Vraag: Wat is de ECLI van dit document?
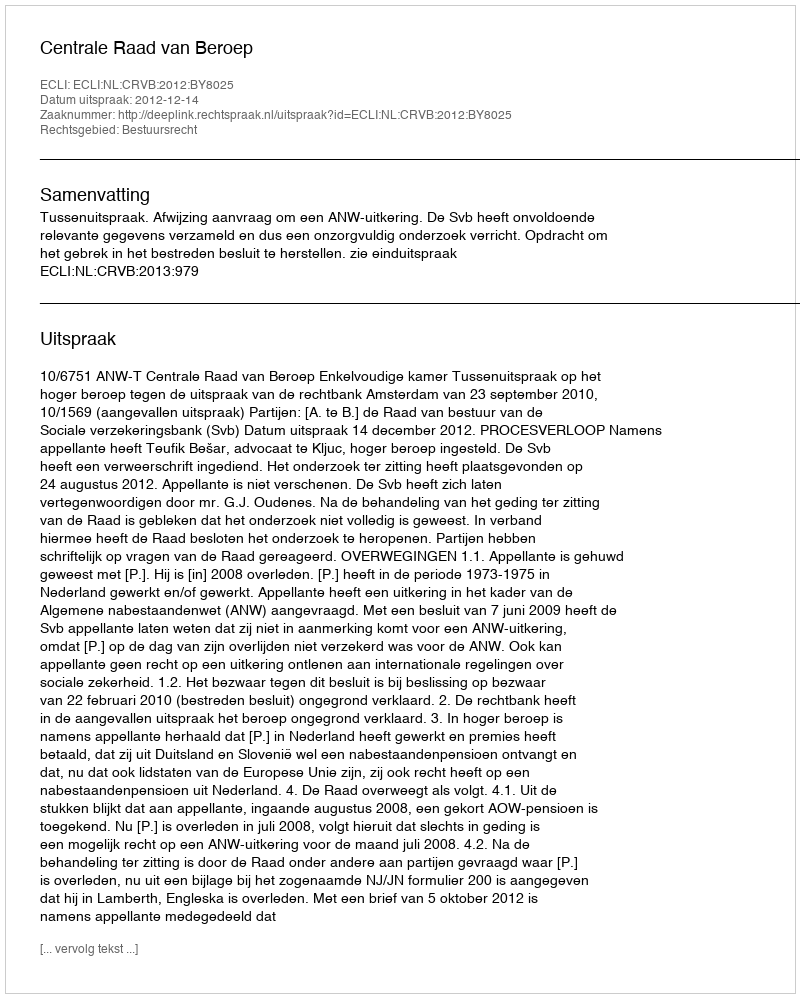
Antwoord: ECLI:NL:CRVB:2012:BY8025